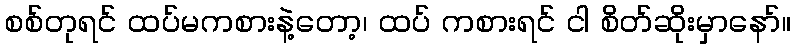
စစ်တုရင် ထပ်မကစားနဲ့တော့၊ ထပ် ကစားရင် ငါ စိတ်ဆိုးမှာနော်။